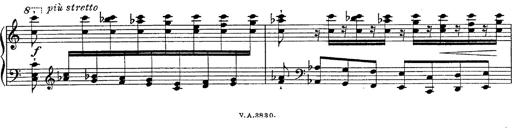
Title: Fantasie Ã¼ber Themen aus Mozarts Figaro und Don Giovanni
Composer: Franz Liszt